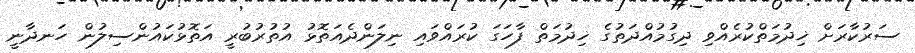
ސަރުކާރަށް ޚިދުމަތްކުރެއްވި ދިގުމުއްދަތުގެ ޚިދުމަތް ފާހަގަ ކުރައްވައި ނިލަންދެއަތޮޅު އުތުރުބުރީ އަތޮޅުކައުންސިލުން ހަނދާނީ